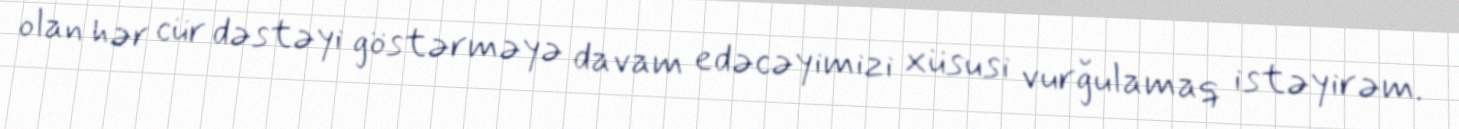
olan hər cür dəstəyi göstərməyə davam edəcəyimizi xüsusi vurğulamaq istəyirəm.